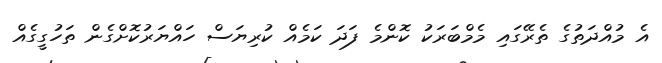
އެ މުއްދަތުގެ ތެރޭގައި މެމްބަރަކު ކޮންމެ ފަދަ ކަމެއް ކުރިޔަސް ހައްޔަރުކޮށްގެން ތަހުގީގެއް